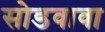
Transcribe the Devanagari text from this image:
सोडवावा